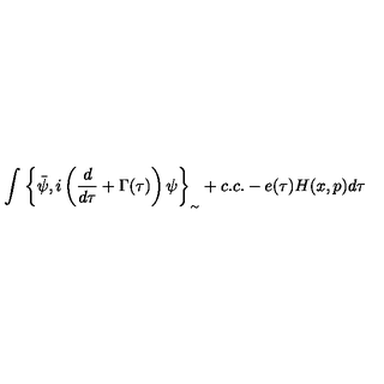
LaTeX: \int _ { } ^ { } { \left\{ \bar { \psi } , i \left( \frac { d } { d \tau } + \Gamma ( \tau ) \right) \psi \right\} _ { _ { \sim } } + c . c . - e ( \tau ) H ( x , p ) d \tau }